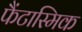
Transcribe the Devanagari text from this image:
फैंटास्मिक